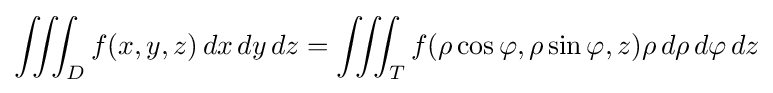
\iiint _{D}f(x,y,z)\,dx\,dy\,dz=\iiint _{T}f(\rho \cos \varphi ,\rho \sin \varphi ,z)\rho \,d\rho \,d\varphi \,dz